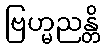
ဗြဟ္မညန္တိ